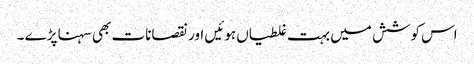
اس کوشش میں بہت غلطیاں ہوئیں اور نقصانات بھی سہنا پڑے ۔